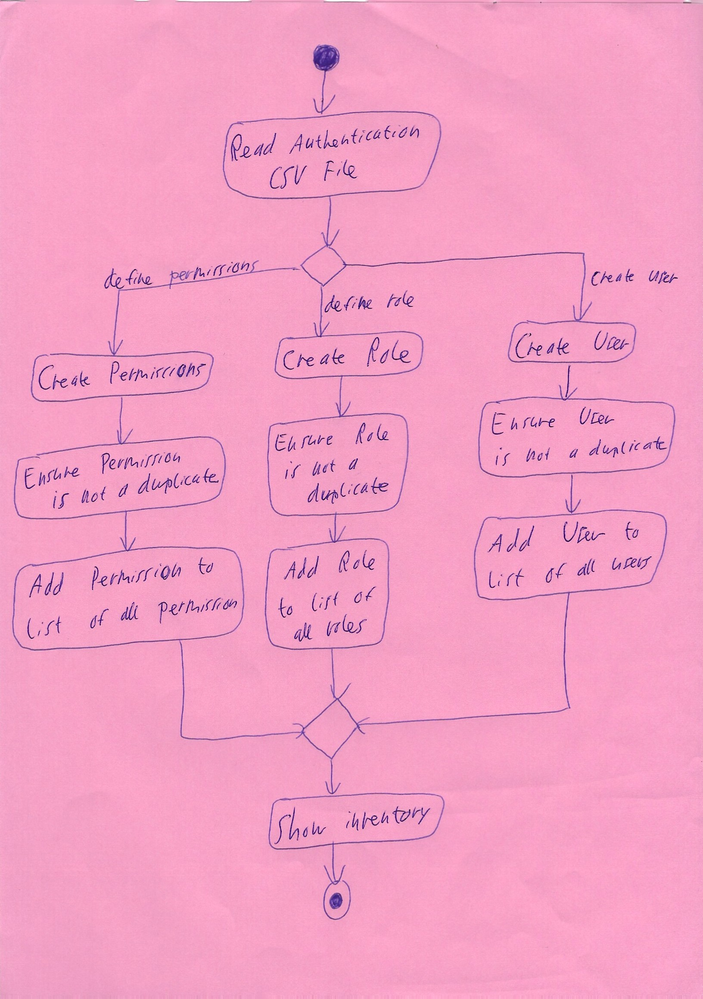
Diagram type: activity_diagram
```plantuml
@startuml

start

:Read Authentication CSV File;

switch ()
  case (define permissions)
    :Check Permissions;
    :Ensure Permission is not a duplicate;
    :Add Permission to list of all permission;

  case (define role)
    :Create Role;
    :Ensure Role is not a duplicate;
    :Add Role to list of all roles;

  case (create user)
    :Create User;
    :Ensure User is not a duplicate;
    :Add User to list of all users;

endswitch

:Show inventory;

stop

@enduml
```